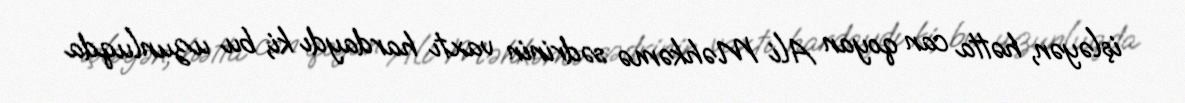
işləyən, hətta can qoyan Ali Məhkəmə sədrinin vaxtı hardaydı ki, bu uzunluqda